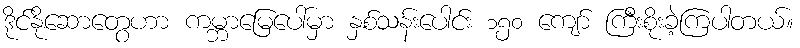
ဒိုင်နိုဆောတွေဟာ ကမ္ဘာမြေပေါ်မှာ နှစ်သန်းပေါင်း ၁၅၀ ကျော် ကြီးစိုးခဲ့ကြပါတယ်။